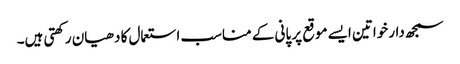
سمجھ دار خواتین ایسے موقع پر پانی کے مناسب استعمال کا دھیان رکھتی ہیں۔